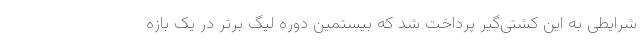
شرایطی به این کشتی‌گیر پرداخت شد که بیستمین دوره لیگ برتر در یک بازه